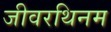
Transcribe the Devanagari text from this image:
जीवरथिनम